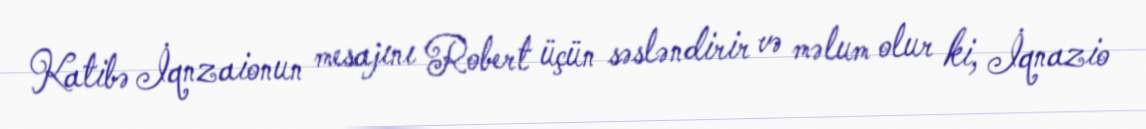
Katibə İqnzaionun mesajını Robert üçün səsləndirir və məlum olur ki, İqnazio